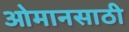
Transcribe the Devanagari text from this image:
ओमानसाठी